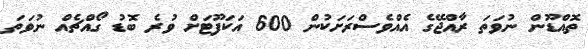
ތޮއްޑޫން ނުވަތަ ރާއްޖޭގެ އެއްވެސްރަށަކުން 600 އަކަފޫޓަށް ވުރެ ބޮޑު ގޯއްޗެއް ނުވަތަ